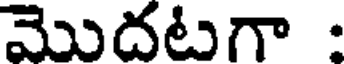
మొదటగా :